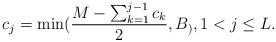
LaTeX: \begin{align*} c_j = \min( \frac{M- \sum_{k=1}^{j-1} c_k }{2}, B_ ), 1 <j \leq L. \end{align*}